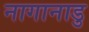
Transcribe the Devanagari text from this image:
नागानाडु